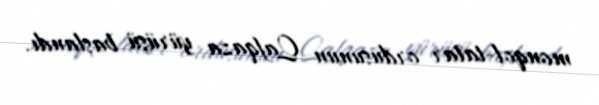
monqol-tatar ordusunun Qafqaza yürüşü başlandı.